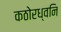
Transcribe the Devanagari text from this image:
कठोरध्वनि